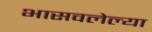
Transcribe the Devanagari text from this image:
भासवलेल्या